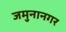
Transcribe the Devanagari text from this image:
जमुनानगर